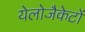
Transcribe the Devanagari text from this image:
येलोजैकेटों